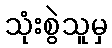
သုံးစွဲသူမှ